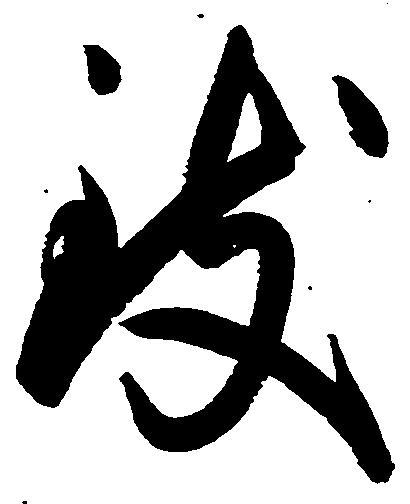
致